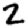
Digit: 2